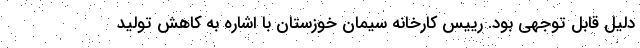
دلیل قابل توجهی بود. رییس کارخانه سیمان خوزستان با اشاره به کاهش تولید